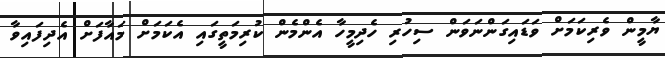
ޔާމީން ވެރިކަމަށް ވަޑައިގަންނަވަން ސިހުރި ހެދިމީހާ އެންމެން ކުރިމަތީގައި އެކަމަށް މައާފަށް އެދިފައިވާ